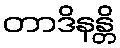
တာဒိနန္တိ